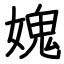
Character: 媿